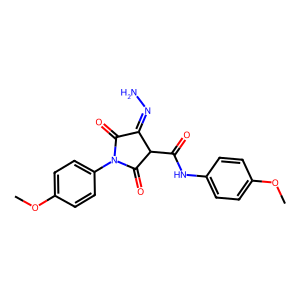
SMILES: COc1ccc(NC(=O)C2C(=O)N(c3ccc(OC)cc3)C(=O)C2=NN)cc1
Inhibits HIV replication: No